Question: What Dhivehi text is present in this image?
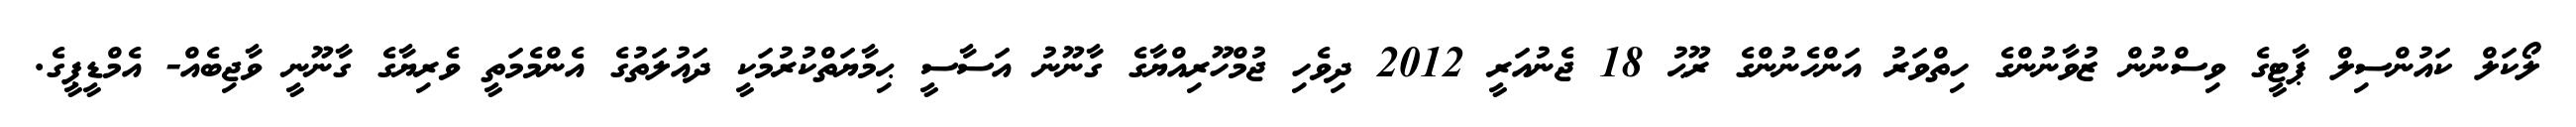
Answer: ލޯކަލް ކައުންސިލް ޕާޓީގެ ވިސްނުން ޒުވާނުންގެ ހިތްވަރު އަންހެނުންގެ ރޫޙު 18 ޖެނުއަރީ 2012 ދިވެހި ޖުމްހޫރިއްޔާގެ ގާނޫނު އަސާސީ ޙިމާޔަތްކުރުމަކީ ދައުލަތުގެ އެންމެމަތީ ވެރިޔާގެ ގާނޫނީ ވާޖިބެއް- އެމްޑީޕީގެ.